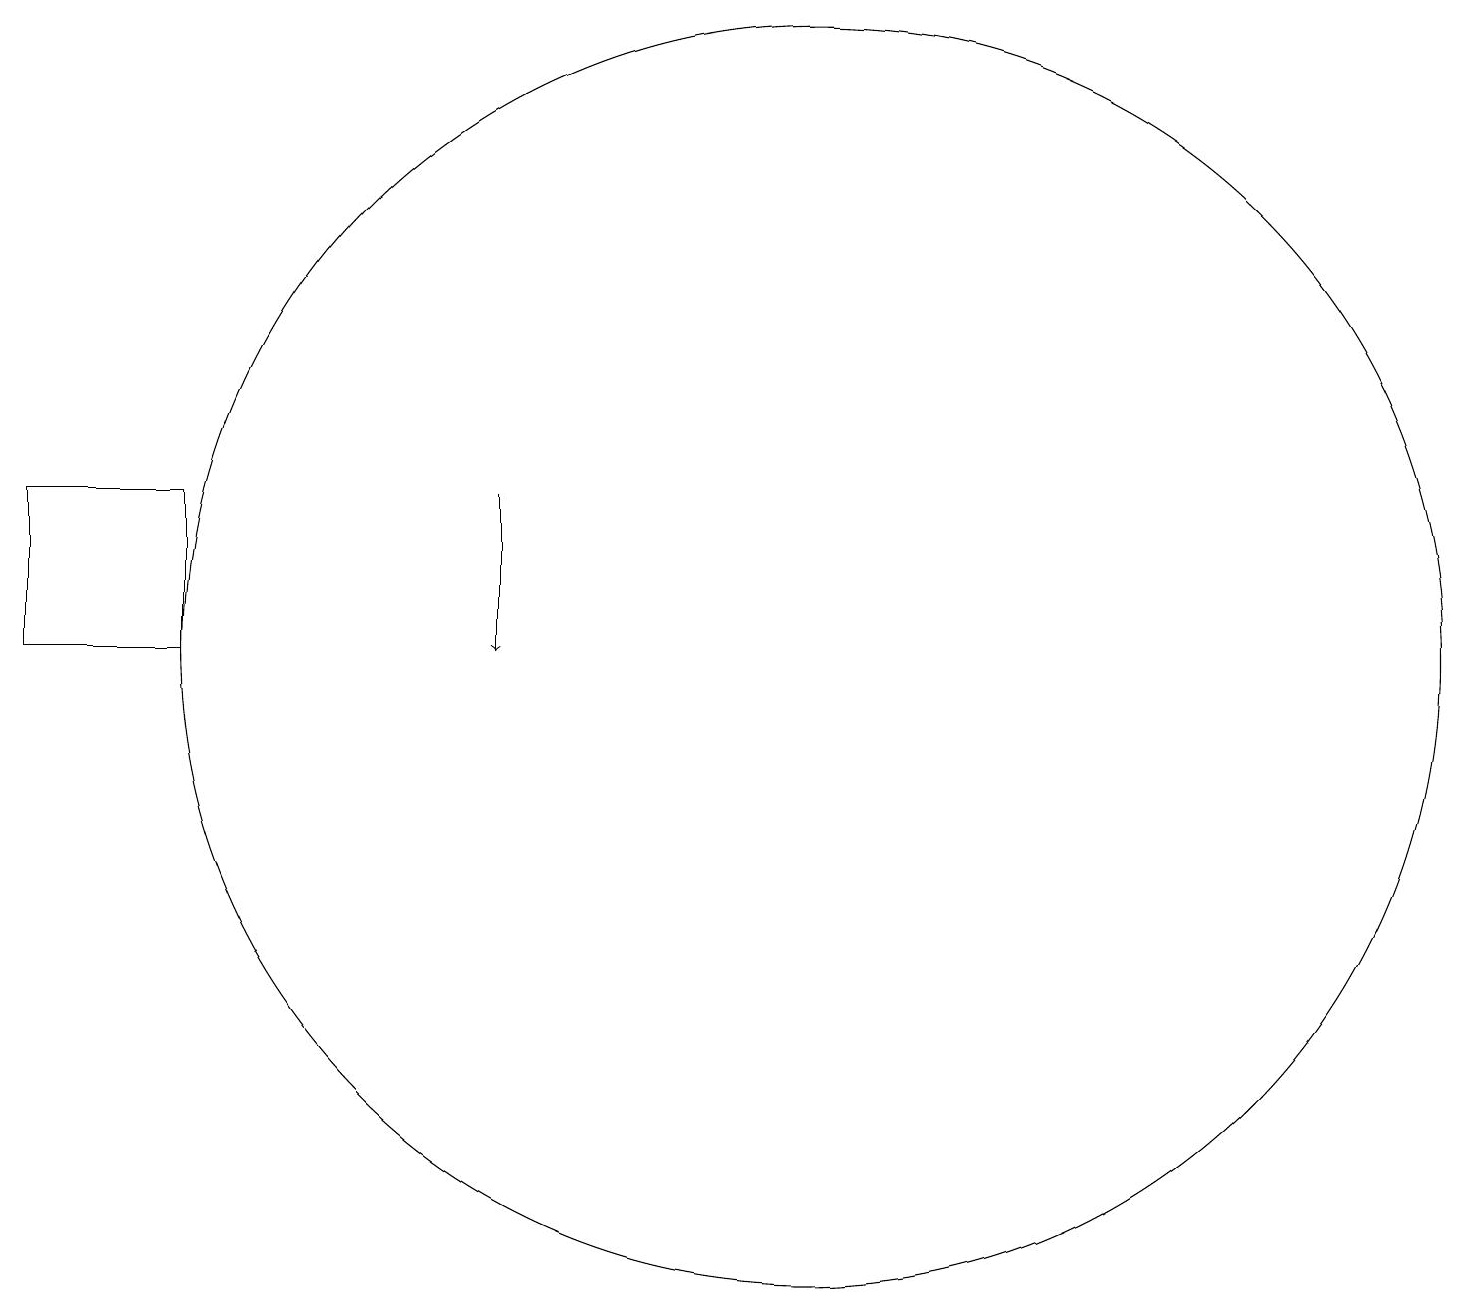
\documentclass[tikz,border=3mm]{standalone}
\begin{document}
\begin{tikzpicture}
\draw[->] (6,12) -- (6,10);
\draw (10,10) circle (8);
\draw (0,10) rectangle (2,12);
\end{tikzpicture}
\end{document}